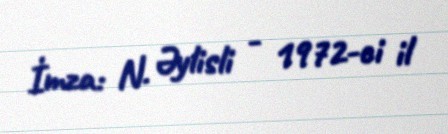
İmza: N. Əylisli - 1972-ci il